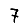
Digit: 7